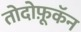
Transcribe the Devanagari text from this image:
तोदोफ़ूकॅन